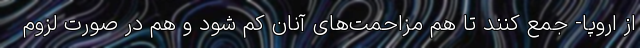
از اروپا- جمع کنند تا هم مزاحمت‌های آنان کم شود و هم در صورت لزوم